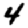
Digit: 4